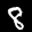
Label: 8